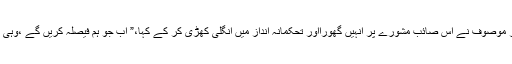
وزیر موصوف نے اس صائب مشورے پر انہیں گھورااور تحکمانہ انداز میں انگلی کھڑی کر کے کہا،” اب جو ہم فیصلہ کریں گے ،وہی ہوگا۔